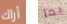
أراك بما